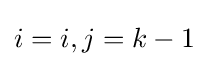
i=i,j=k-1